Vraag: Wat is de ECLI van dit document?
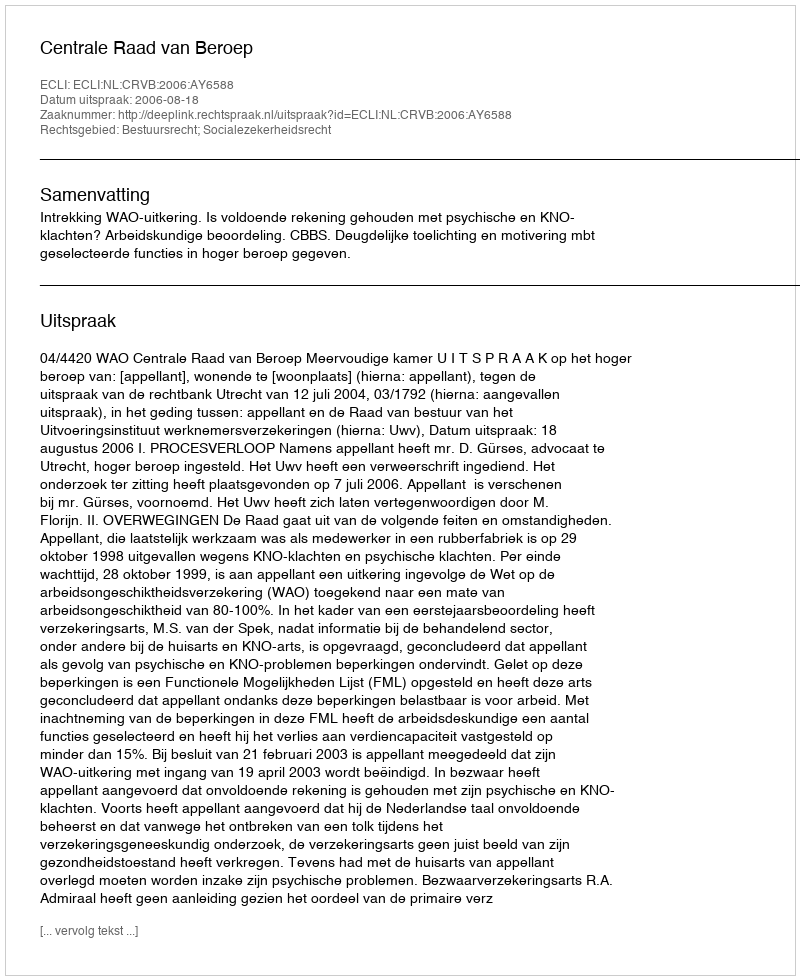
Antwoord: ECLI:NL:CRVB:2006:AY6588